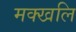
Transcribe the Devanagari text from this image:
मक्खलि